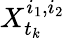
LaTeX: X_{t_{k}}^{i_{1},i_{2}}